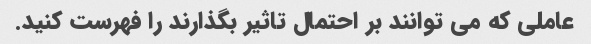
عاملی که می توانند بر احتمال تاثیر بگذارند را فهرست کنید.